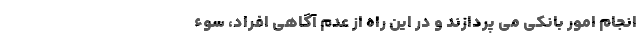
انجام امور بانکی می پردازند و در این راه از عدم آگاهی افراد، سوء